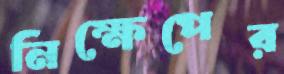
নিক্ষেপের